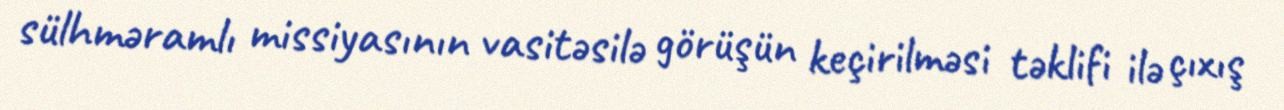
sülhməramlı missiyasının vasitəsilə görüşün keçirilməsi təklifi ilə çıxış